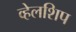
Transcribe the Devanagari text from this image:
व्हेलशिप